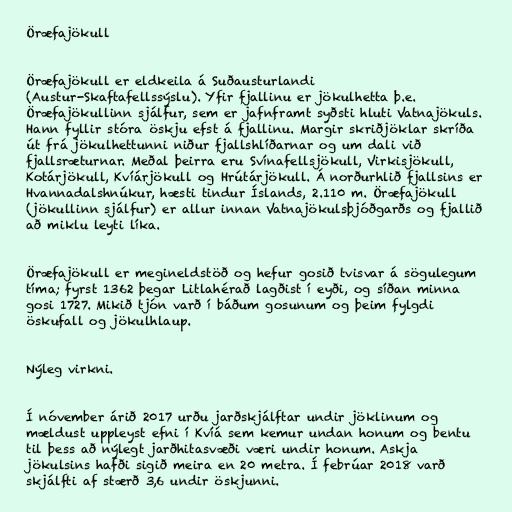
Öræfajökull

Öræfajökull er eldkeila á Suðausturlandi
(Austur-Skaftafellssýslu). Yfir fjallinu er jökulhetta þ.e.
Öræfajökullinn sjálfur, sem er jafnframt syðsti hluti Vatnajökuls.
Hann fyllir stóra öskju efst á fjallinu. Margir skriðjöklar skríða
út frá jökulhettunni niður fjallshlíðarnar og um dali við
fjallsræturnar. Meðal þeirra eru Svínafellsjökull, Virkisjökull,
Kotárjökull, Kvíárjökull og Hrútárjökull. Á norðurhlið fjallsins er
Hvannadalshnúkur, hæsti tindur Íslands, 2.110 m. Öræfajökull
(jökullinn sjálfur) er allur innan Vatnajökulsþjóðgarðs og fjallið
að miklu leyti líka.

Öræfajökull er megineldstöð og hefur gosið tvisvar á sögulegum
tíma; fyrst 1362 þegar Litlahérað lagðist í eyði, og síðan minna
gosi 1727. Mikið tjón varð í báðum gosunum og þeim fylgdi
öskufall og jökulhlaup.

Nýleg virkni.

Í nóvember árið 2017 urðu jarðskjálftar undir jöklinum og
mældust uppleyst efni í Kvíá sem kemur undan honum og bentu
til þess að nýlegt jarðhitasvæði væri undir honum. Askja
jökulsins hafði sigið meira en 20 metra. Í febrúar 2018 varð
skjálfti af stærð 3,6 undir öskjunni.